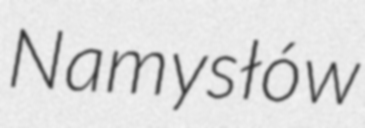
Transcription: Namysłów